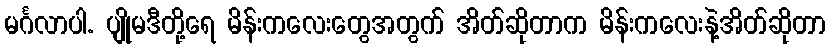
မင်္ဂလာပါ. ပျိုမဒီတို့ရေ မိန်းကလေးတွေအတွက် အိတ်ဆိုတာက မိန်းကလေးနဲ့အိတ်ဆိုတာ